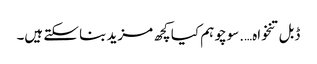
ڈبل تنخواہ….سوچو ہم کیا کچھ مزید بنا سکتے ہیں۔